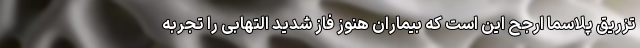
تزریق پلاسما ارجح این است که بیماران هنوز فاز شدید التهابی را تجربه